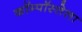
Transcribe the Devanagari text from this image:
कॉम्पॉस्तेला